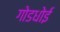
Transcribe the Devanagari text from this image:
गोडधोई